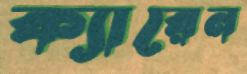
ক্যারেন